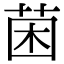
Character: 𮏄